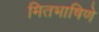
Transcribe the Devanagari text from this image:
मितभाषिणे